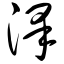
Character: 泽